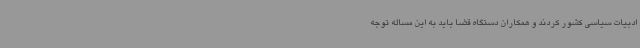
ادبیات سیاسی کشور کردند و همکاران دستگاه قضا باید به این مساله توجه